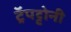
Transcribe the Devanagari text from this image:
ट्रॅपट्टोनी